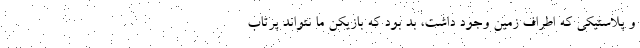
و پلاستیکی که اطراف زمین وجود داشت، بد بود که بازیکن ما نتواند پرتاب